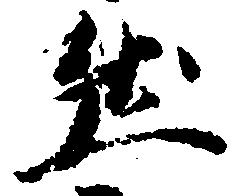
然